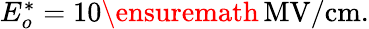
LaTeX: \begin{array}{r}{E_{o}^{*}=10\ensuremath{\, \mathrm{MV/cm}}.}\end{array}